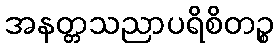
အနတ္တသညာပရိစိတဉ္စ